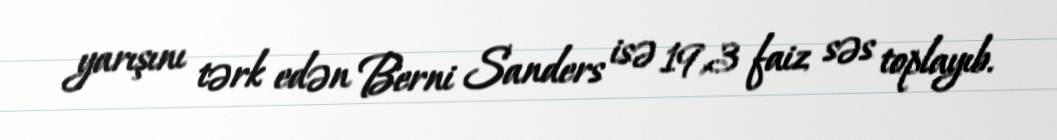
yarışını tərk edən Berni Sanders isə 19,3 faiz səs toplayıb.